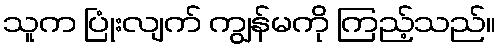
သူက ပြုံးလျက် ကျွန်မကို ကြည့်သည်။